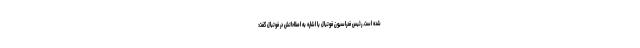
شده است. رئیس فدراسیون فوتبال با اشاره به اصلاحاتش در فوتبال گفت: